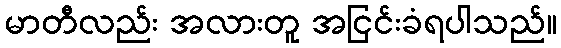
မာတီလည်း အလားတူ အငြင်းခံရပါသည်။